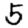
Digit: 5